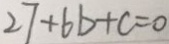
2 7 + 6 b + c = 0